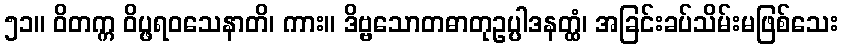
၅၁။ ဝိတက္က ဝိပ္ဖရဝသေနာတိ၊ ကား။ ဒိဗ္ဗသောတဓာတုဥပ္ပါဒနတ္ထံ၊ အခြင်းခပ်သိမ်းမဖြစ်သေး